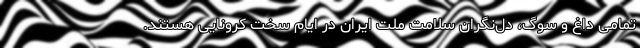
تمامی داغ و سوگ، دل‌نگران سلامت ملت ایران در ایام سخت کرونایی هستند.